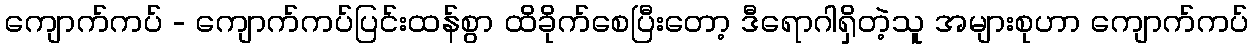
ကျောက်ကပ် - ကျောက်ကပ်ပြင်းထန်စွာ ထိခိုက်စေပြီးတော့ ဒီရောဂါရှိတဲ့သူ အများစုဟာ ကျောက်ကပ်